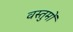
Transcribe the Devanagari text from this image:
वस्तुमों